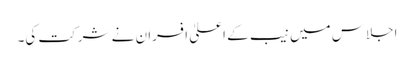
اجلاس میں نیب کے اعلیٰ افسران نے شرکت کی۔